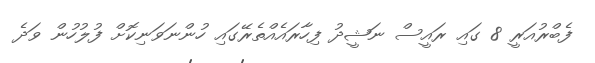
ފެބްރުއަރީ 8 ގައި ރައީސް ނަޝީދު ފިހާރައެއްތެރޭގައި ހުންނަވަނިކޮށް ފުލުހުން ވަދެ